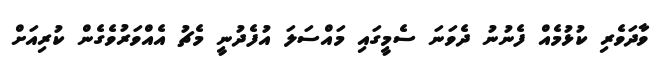
ވާދަވެރި ކުޅުމެއް ފެނުނު ދެވަނަ ސެމީގައި މައްސަލަ އުފެދުނީ މެޗު އެއްވަރުވެގެން ކުރިއަށް